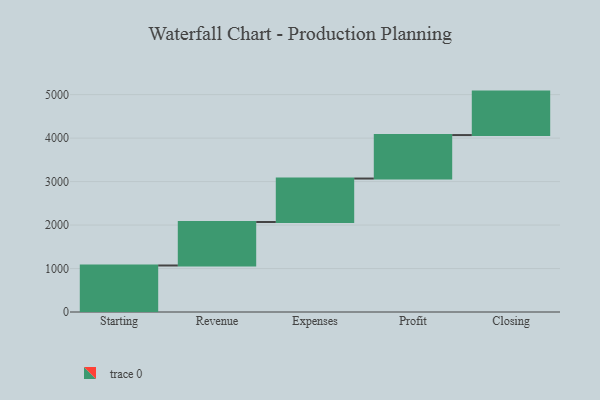
{"axis": {"x": "Step", "y": "Value"}, "legend": [""], "data": [{"x": "Starting", "y": 1070.0, "type": ""}, {"x": "Revenue", "y": 1000, "type": ""}, {"x": "Expenses", "y": 1000, "type": ""}, {"x": "Profit", "y": 1000, "type": ""}, {"x": "Closing", "y": 1000, "type": ""}]}